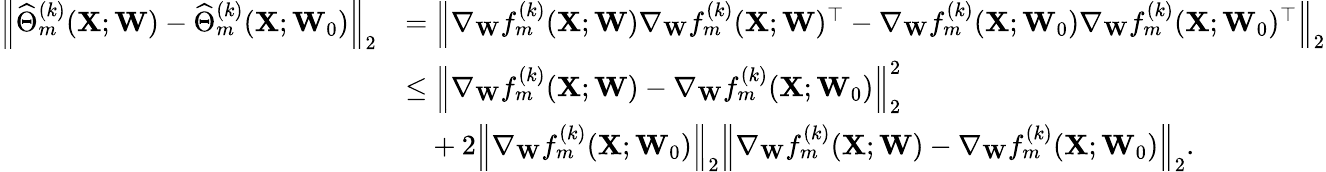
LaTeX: \begin{array}{rl}{\left\| \widehat\Theta_{m}^{(k)}(\mathbf{X};\mathbf{W})-\widehat\Theta_{m}^{(k)}(\mathbf{X};\mathbf{W}_{0})\right\| _{2}}&{=\left\| \nabla_{\mathbf{W}}f_{m}^{(k)}(\mathbf{X};\mathbf{W})\nabla_{\mathbf{W}}f_{m}^{(k)}(\mathbf{X};\mathbf{W})^{\top}-\nabla_{\mathbf{W}}f_{m}^{(k)}(\mathbf{X};\mathbf{W}_{0})\nabla_{\mathbf{W}}f_{m}^{(k)}(\mathbf{X};\mathbf{W}_{0})^{\top}\right\| _{2}}\\ &{\leq\left\| \nabla_{\mathbf{W}}f_{m}^{(k)}(\mathbf{X};\mathbf{W})-\nabla_{\mathbf{W}}f_{m}^{(k)}(\mathbf{X};\mathbf{W}_{0})\right\| _{2}^{2}}\\ &{\phantom{\leq}+2\left\| \nabla_{\mathbf{W}}f_{m}^{(k)}(\mathbf{X};\mathbf{W}_{0})\right\| _{2}\left\| \nabla_{\mathbf{W}}f_{m}^{(k)}(\mathbf{X};\mathbf{W})-\nabla_{\mathbf{W}}f_{m}^{(k)}(\mathbf{X};\mathbf{W}_{0})\right\| _{2}.}\end{array}